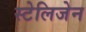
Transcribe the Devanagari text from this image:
स्टेलिजेन